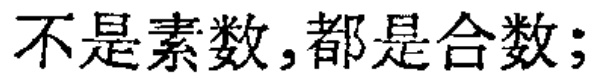
不是素数,都是合数;